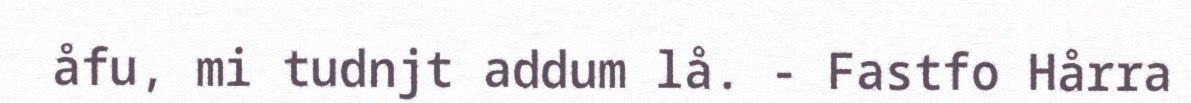
åfu, mi tudnjt addum lå. - Fastfo Hårra